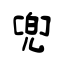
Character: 兜